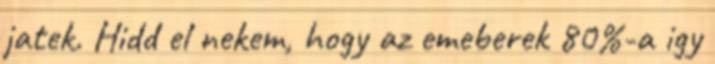
jatek. Hidd el nekem, hogy az emeberek 80%-a igy